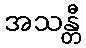
အသန္တီ